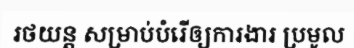
រថយន្ត សម្រាប់បំរើឲ្យការងារ ប្រមូល